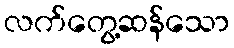
လက်တွေ့ဆန်သော